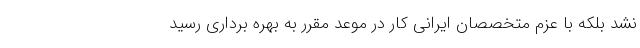
نشد بلکه با عزم متخصصان ایرانی کار در موعد مقرر به بهره برداری رسید